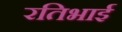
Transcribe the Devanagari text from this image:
रतिभाई